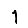
Digit: 1